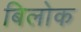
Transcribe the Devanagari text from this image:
बिलोक